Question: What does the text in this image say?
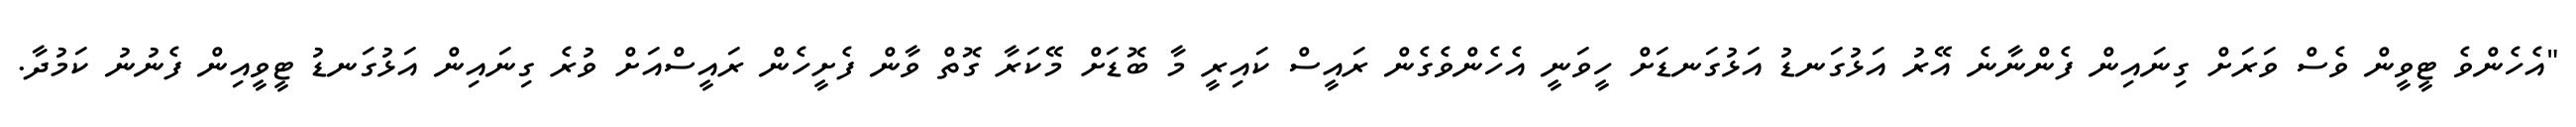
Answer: "އެހެންވެ ޓީވީން ވެސް ވަރަށް ގިނައިން ފެންނާނެ އޭރު އަޅުގަނޑު އަޅުގަނޑަށް ހީވަނީ އެހެންވެގެން ރައީސް ކައިރީ މާ ބޮޑަށް މޭކަރާ ގޮތް ވާން ފެށީހެން ރައީސްއަށް ވުރެ ގިނައިން އަޅުގަނޑު ޓީވީއިން ފެނުނު ކަމުދާ.